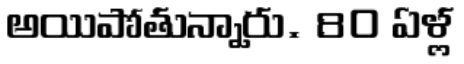
అయిపోతున్నారు. 80 ఏళ్ల